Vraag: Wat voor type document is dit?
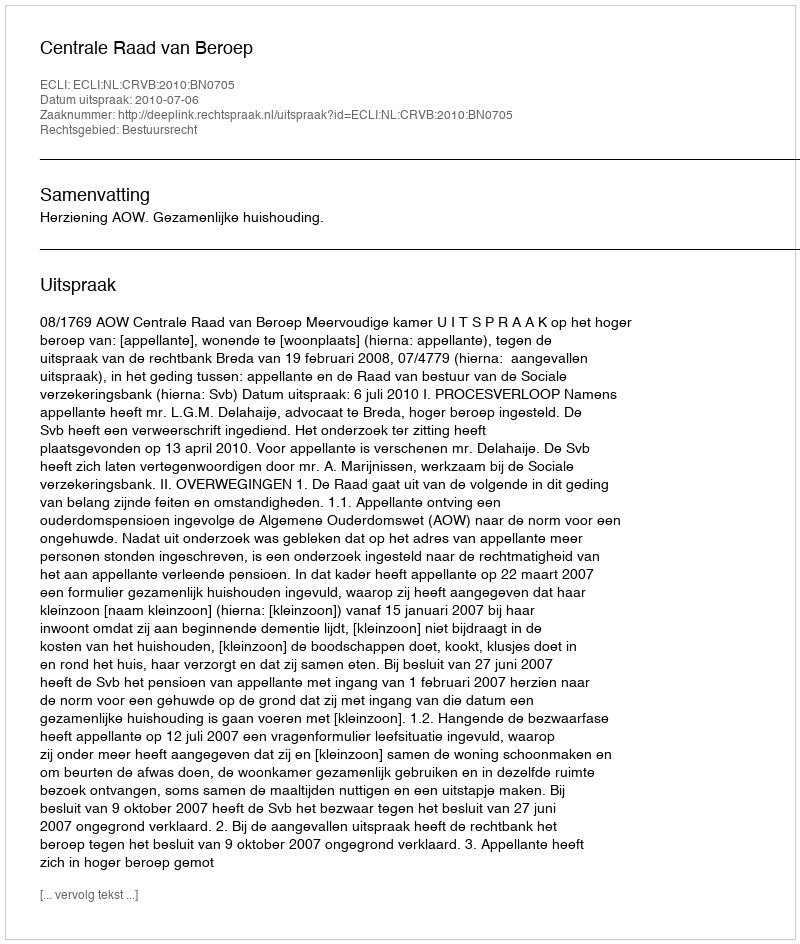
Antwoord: Uitspraak